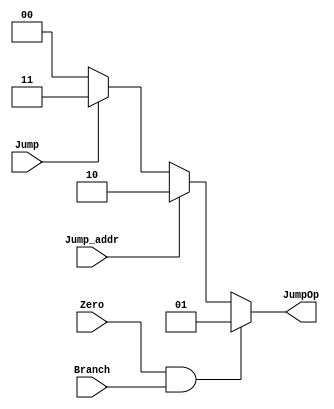
module Jump_type(
	Branch,
	Zero,
	Jump,
	Jump_addr,
	JumpOp
);

input Branch, Zero, Jump, Jump_addr;
output reg [1:0] JumpOp;

always @ (*) begin
  if(Zero && Branch)  //bne,beq
    JumpOp<=1;
  else if(Jump_addr)  //jr
    JumpOp<=2;
  else if(Jump)       //jump
    JumpOp<=3;
  else
    JumpOp<=0;
end

endmodule